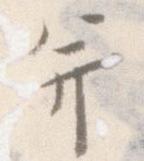
并